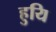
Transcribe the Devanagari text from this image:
हुयि